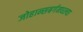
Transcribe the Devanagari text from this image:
जोहान्सबर्गमधल्या